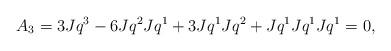
LaTeX: \begin{align*}A_3=3Jq^3-6Jq^2Jq^1+3Jq^1Jq^2+Jq^1Jq^1Jq^1=0, \end{align*}